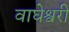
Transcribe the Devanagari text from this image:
वाघेश्वरी